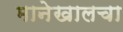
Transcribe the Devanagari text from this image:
मानेखालचा